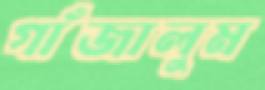
গাঁজালুম